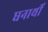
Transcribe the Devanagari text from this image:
धनार्थी